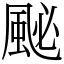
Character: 䫾